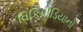
વિકિપીડિયાનો